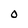
Character: 0